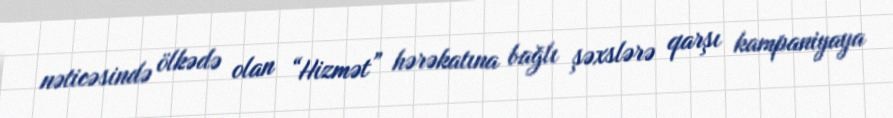
nəticəsində ölkədə olan “Hizmət” hərəkatına bağlı şəxslərə qarşı kampaniyaya